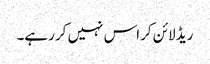
ریڈ لائن کراس نہیں کر رہے۔